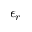
\epsilon _ { r }